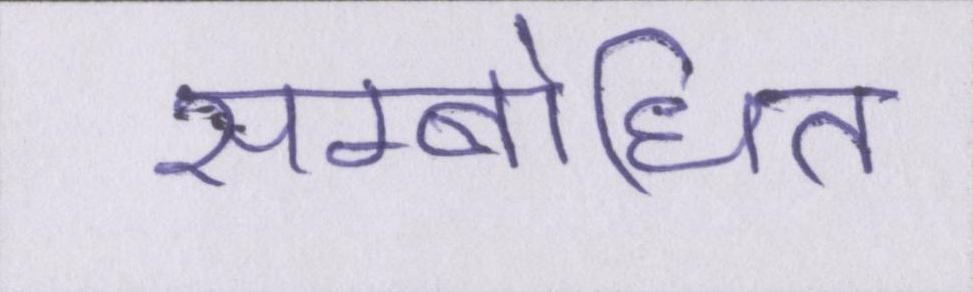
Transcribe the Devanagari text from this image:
सम्बोधित